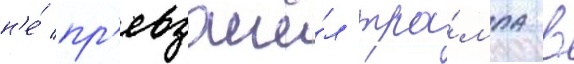
н'е́ пр'евзошё́л тра́мпа в